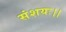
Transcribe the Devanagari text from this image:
संशयः।।